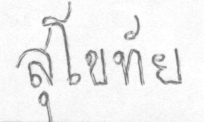
สุโขทัย